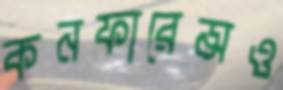
কনফারেন্সও